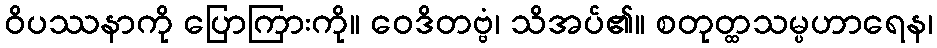
ဝိပဿနာကို ပြောကြားကို။ ဝေဒိတဗ္ဗံ၊ သိအပ်၏။ စတုတ္ထသမ္ပဟာရေန၊